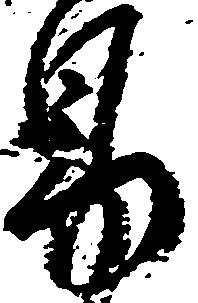
易